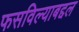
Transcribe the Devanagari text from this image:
फसविल्याबद्दल